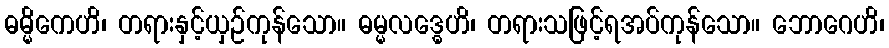
ဓမ္မိကေဟိ၊ တရားနှင့်ယှဉ်ကုန်သော။ ဓမ္မလဒ္ဓေဟိ၊ တရားသဖြင့်ရအပ်ကုန်သော။ ဘောဂေဟိ၊